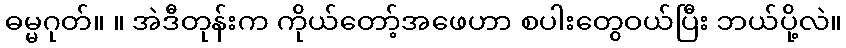
ဓမ္မဂုတ်။ ။ အဲဒီတုန်းက ကိုယ်တော့်အဖေဟာ စပါးတွေဝယ်ပြီး ဘယ်ပို့လဲ။